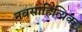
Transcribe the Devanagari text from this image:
नवसाहित्यिक